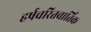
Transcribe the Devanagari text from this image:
हर्षचरितवार्तिक